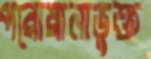
পরোয়ানাভুক্ত